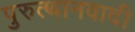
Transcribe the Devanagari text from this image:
पुरुत्थानवादी